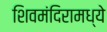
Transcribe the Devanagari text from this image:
शिवमंदिरामध्ये